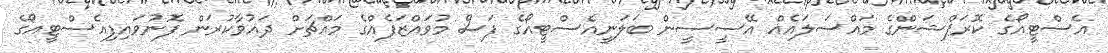
އެސްޓީއޯގެ ކޮރަޕްޝަންގެ މައްސަލައެއް އޭސީސީން ބަލަނީއެސްޓީއޯގެ ފަސް މުވައްޒަފެއްގެ މައްޗަށް ދައުވާކުރަން ފޮނުވައިފިއެސްޓީއޯގެ